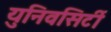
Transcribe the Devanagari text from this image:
युनिवसिर्टी